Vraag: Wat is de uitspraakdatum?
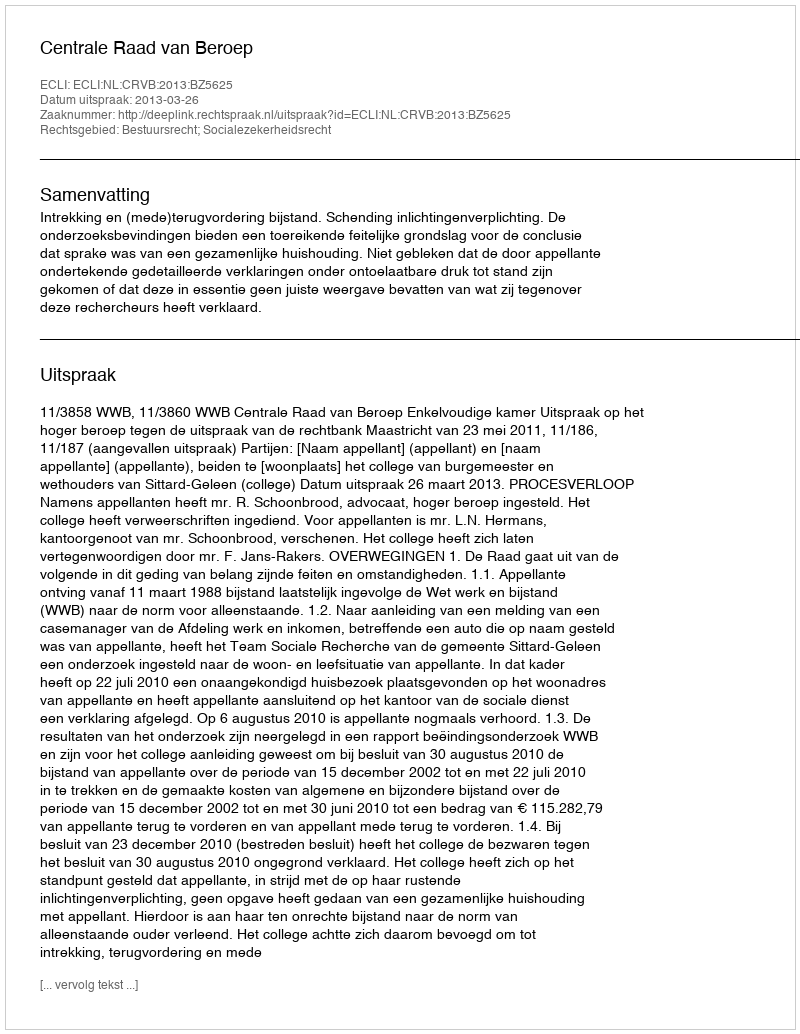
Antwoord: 2013-03-26